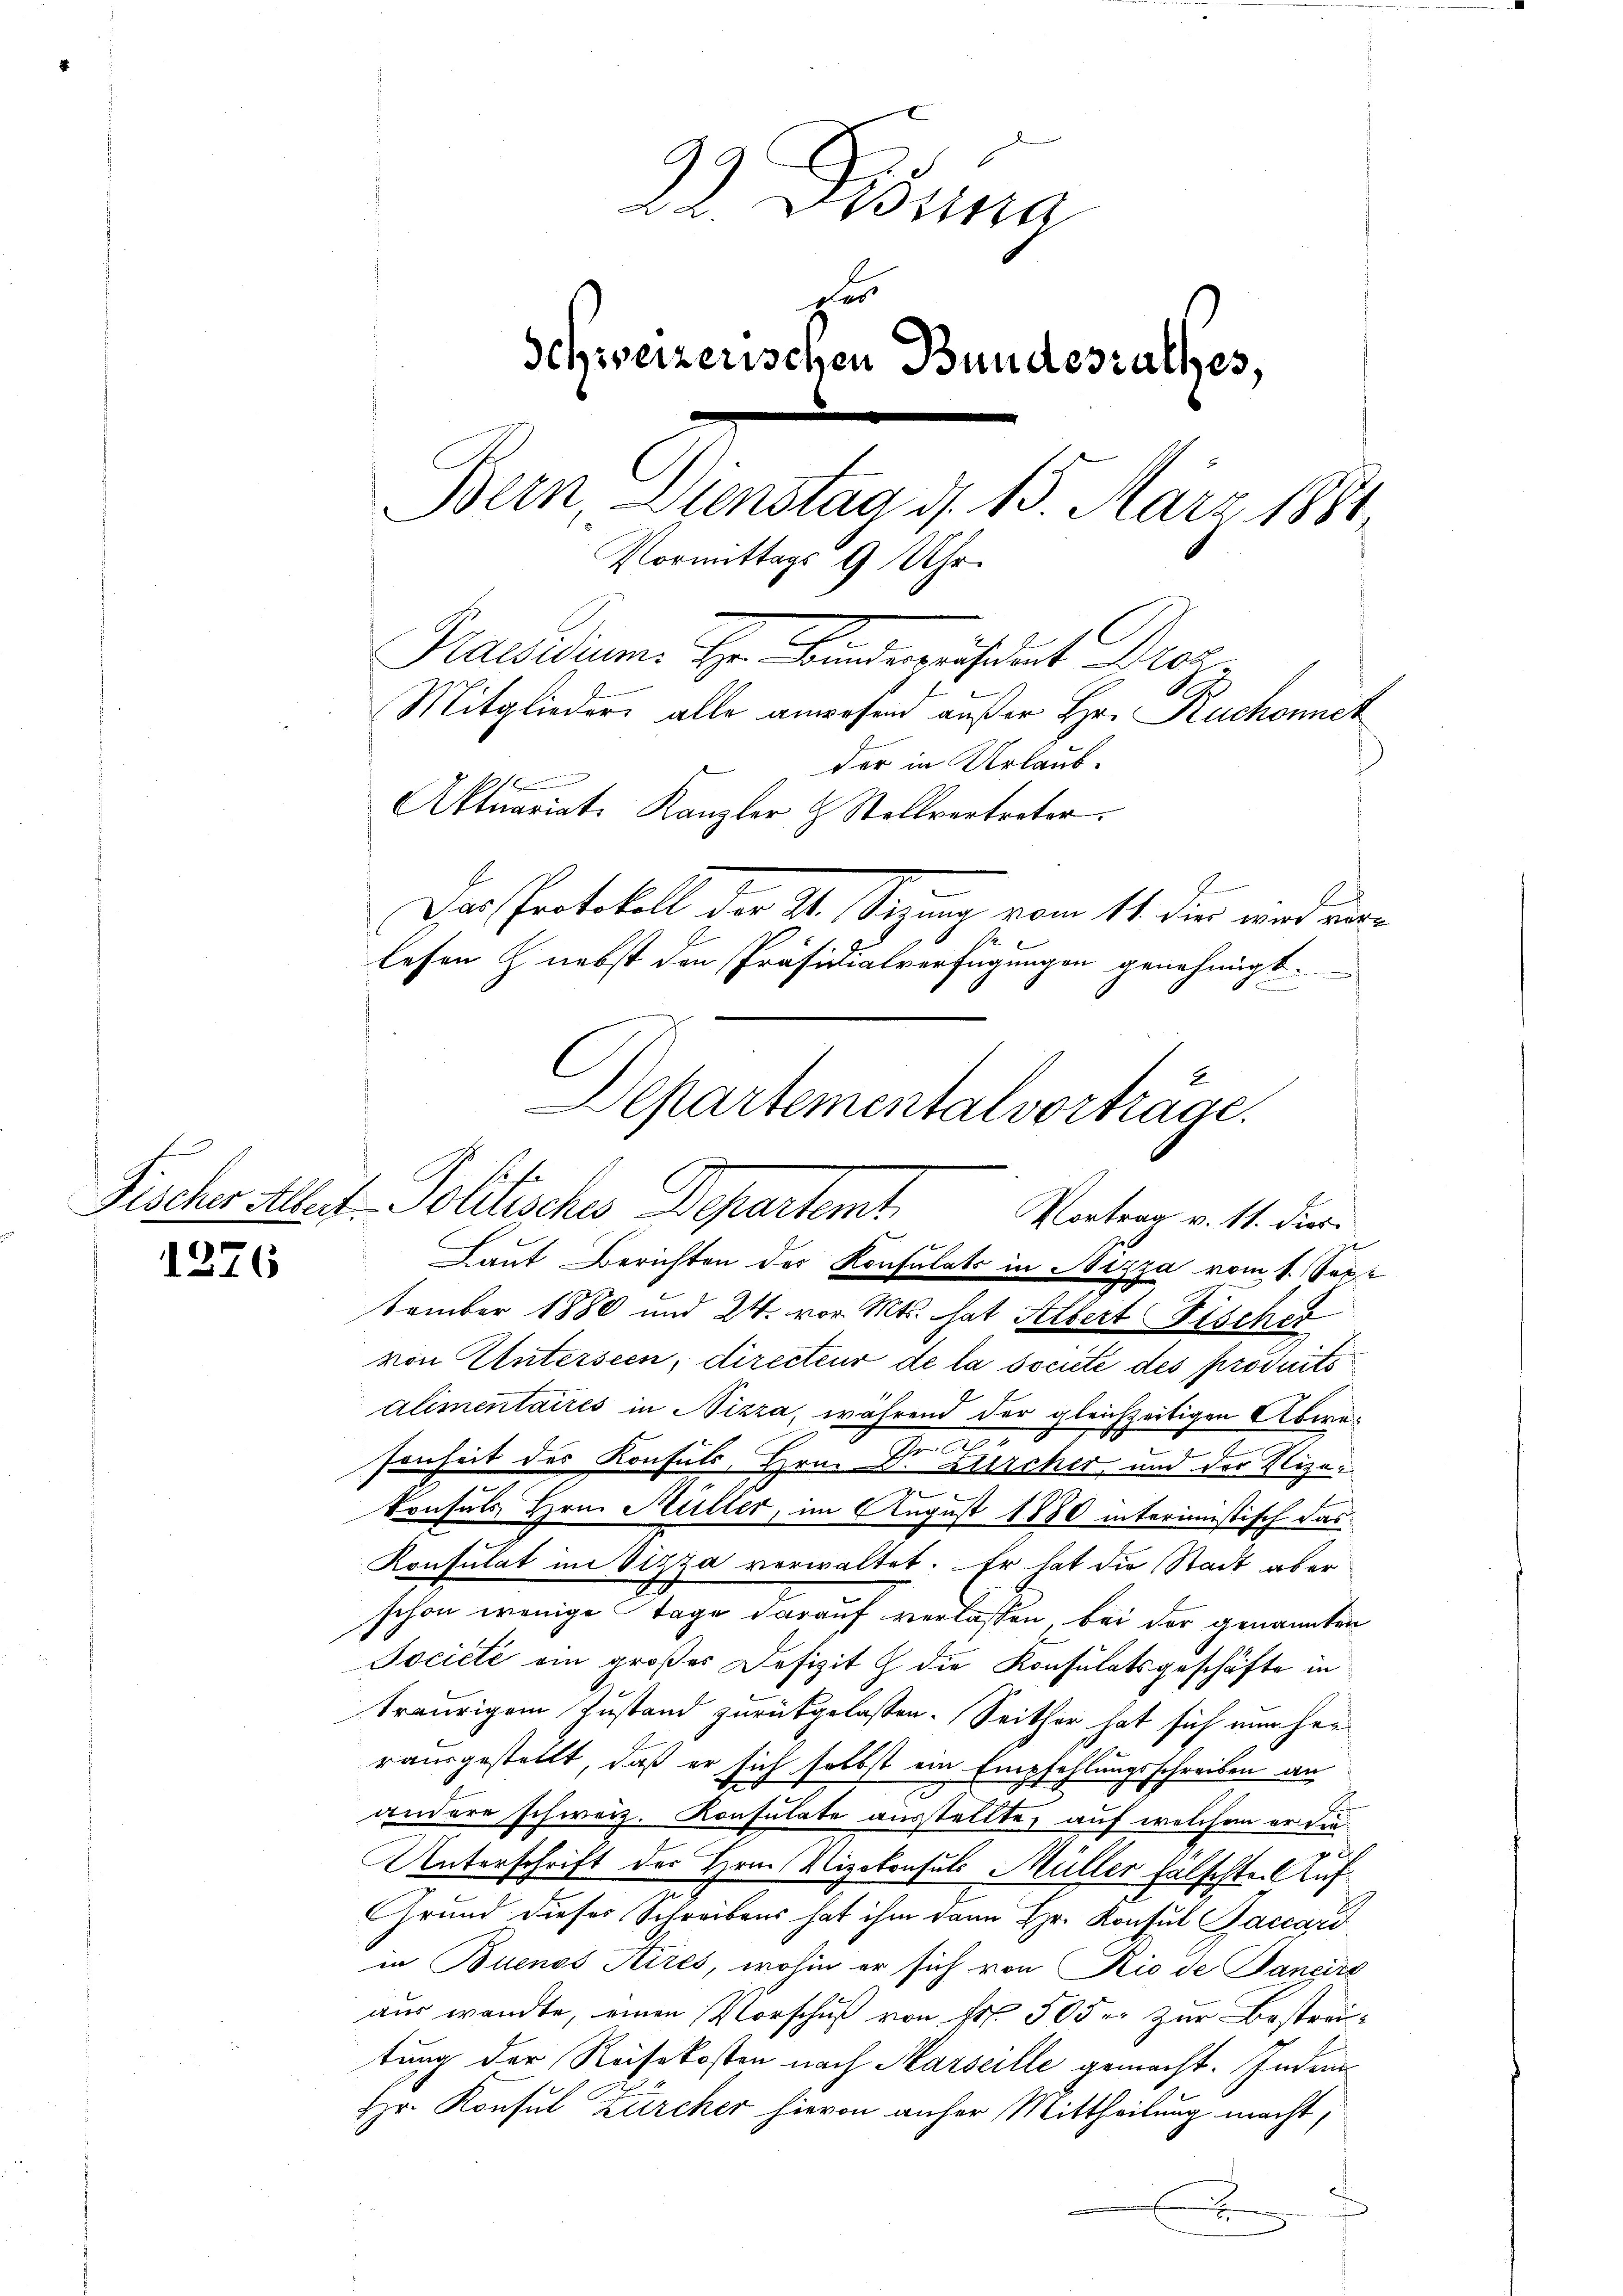
1376

C
22 Besit
Fer
Schweizerischen Bundesrathes,
Bern Dienstag d. 15. März 1881
Vormittags 9 Uhr.
Mausdrum. Hr. Finderusaut Proz.
Mitglieder alle anwesend außer Hr. Ruchonnet
der in Urlaub.
2
Aktuariat Kanzler & Stellvertreter.
Das Protokoll der 21. Sezung vom 11. die wird eine
lesen & nebst den Präsidialverfügungen genehmigt.

Departementalvorträge.
C
Fischer Albert - Politisches Departemt,
Vortrag v. 11. dies
Laut Berichten des Konsulats in Nizza vom 1. Sept

tember 1880 und 24. vor. Mts. hat Albert Fischer
von Unterseen, directeur de la societe des provits
alimentaires in Nizza, während der gleichzeitigen Abwex
|
senheit des Konsuls, Hrn. Dr Zürcher und der Vizeie
konsuls Hrn. Hüller, im August 1880 interimistisch das
Konsulat im Vizza verwaltet. Er hat die Stadt aber
schon wenige Tage darauf verlassen, bei der genannten
Jociété ein großes Defizit & die Konsulatsgeschäfte in
traurigem Zustand zurükgelassen. Seither hat sich nun her
rausgestellt, daß er sich selbst ein Empfehlungsschreiben an
andere schweiz. Konsulate ausstellte, auf welchem er die
f
Unterschrift der Hrn. Vizekonsuls Müller fälschte. Auf¬
Grund dieser Schreibens hat ihm dann Hr. Konsul Baccari
in Buenos Aires, wohin er sich von Rio de Pancire
aus wandte, einen Vorschuß von Fr. 50 der zur Bestreitung der Reisekosten nach Marseille gemacht. Indem
Hr. Konsul Zürcher hievon anher Mittheilung macht,
x